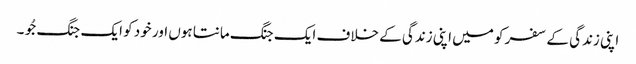
اپنی زندگی کے سفر کو میں اپنی زندگی کے خلاف ایک جنگ مانتا ہوں اور خود کو ایک جنگ جُو ۔